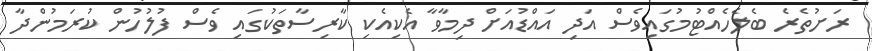
ރަށުތެރެ ބެލެހެއްޓުމުގައިވެސް އަދި އައްޑުއަށް ދިމާވާ އެކިއެކި ކާރިސާތަކުގައި ވެސް ފުލުހުން ކުރަމުންދާ